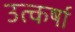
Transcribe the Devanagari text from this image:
उत्कर्षा